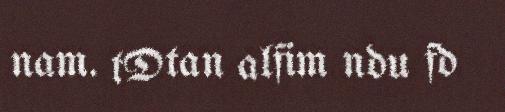
nam. tDtan alfim ndu fd